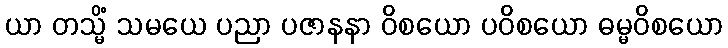
ယာ တသ္မိံ သမယေ ပညာ ပဇာနနာ ဝိစယော ပဝိစယော ဓမ္မဝိစယော